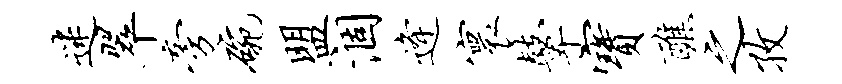
迷翠旁碗盟涸逄寰鼙宝醮之孜